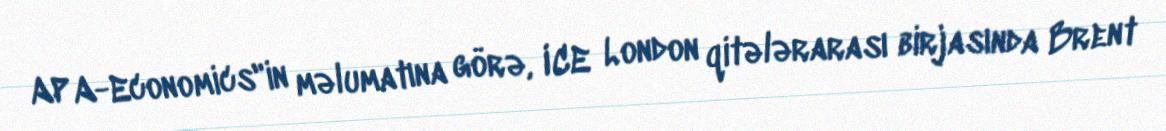
APA-Economics"in məlumatına görə, ICE London qitələrarası birjasında Brent